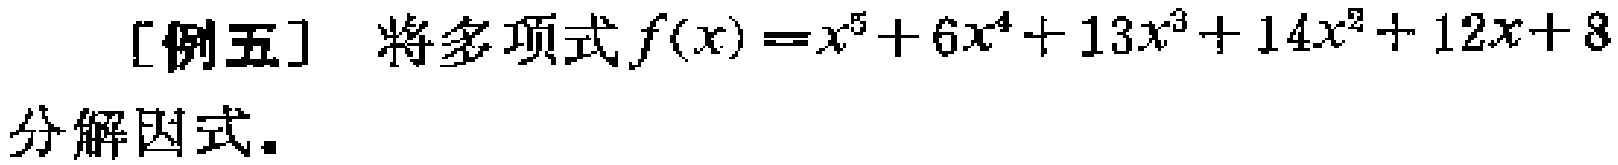
[例五] 将多项式\(f(x)=x^{5}+6x^{4}+13x^{3}+14x^{2}+12x + 8\)分解因式。